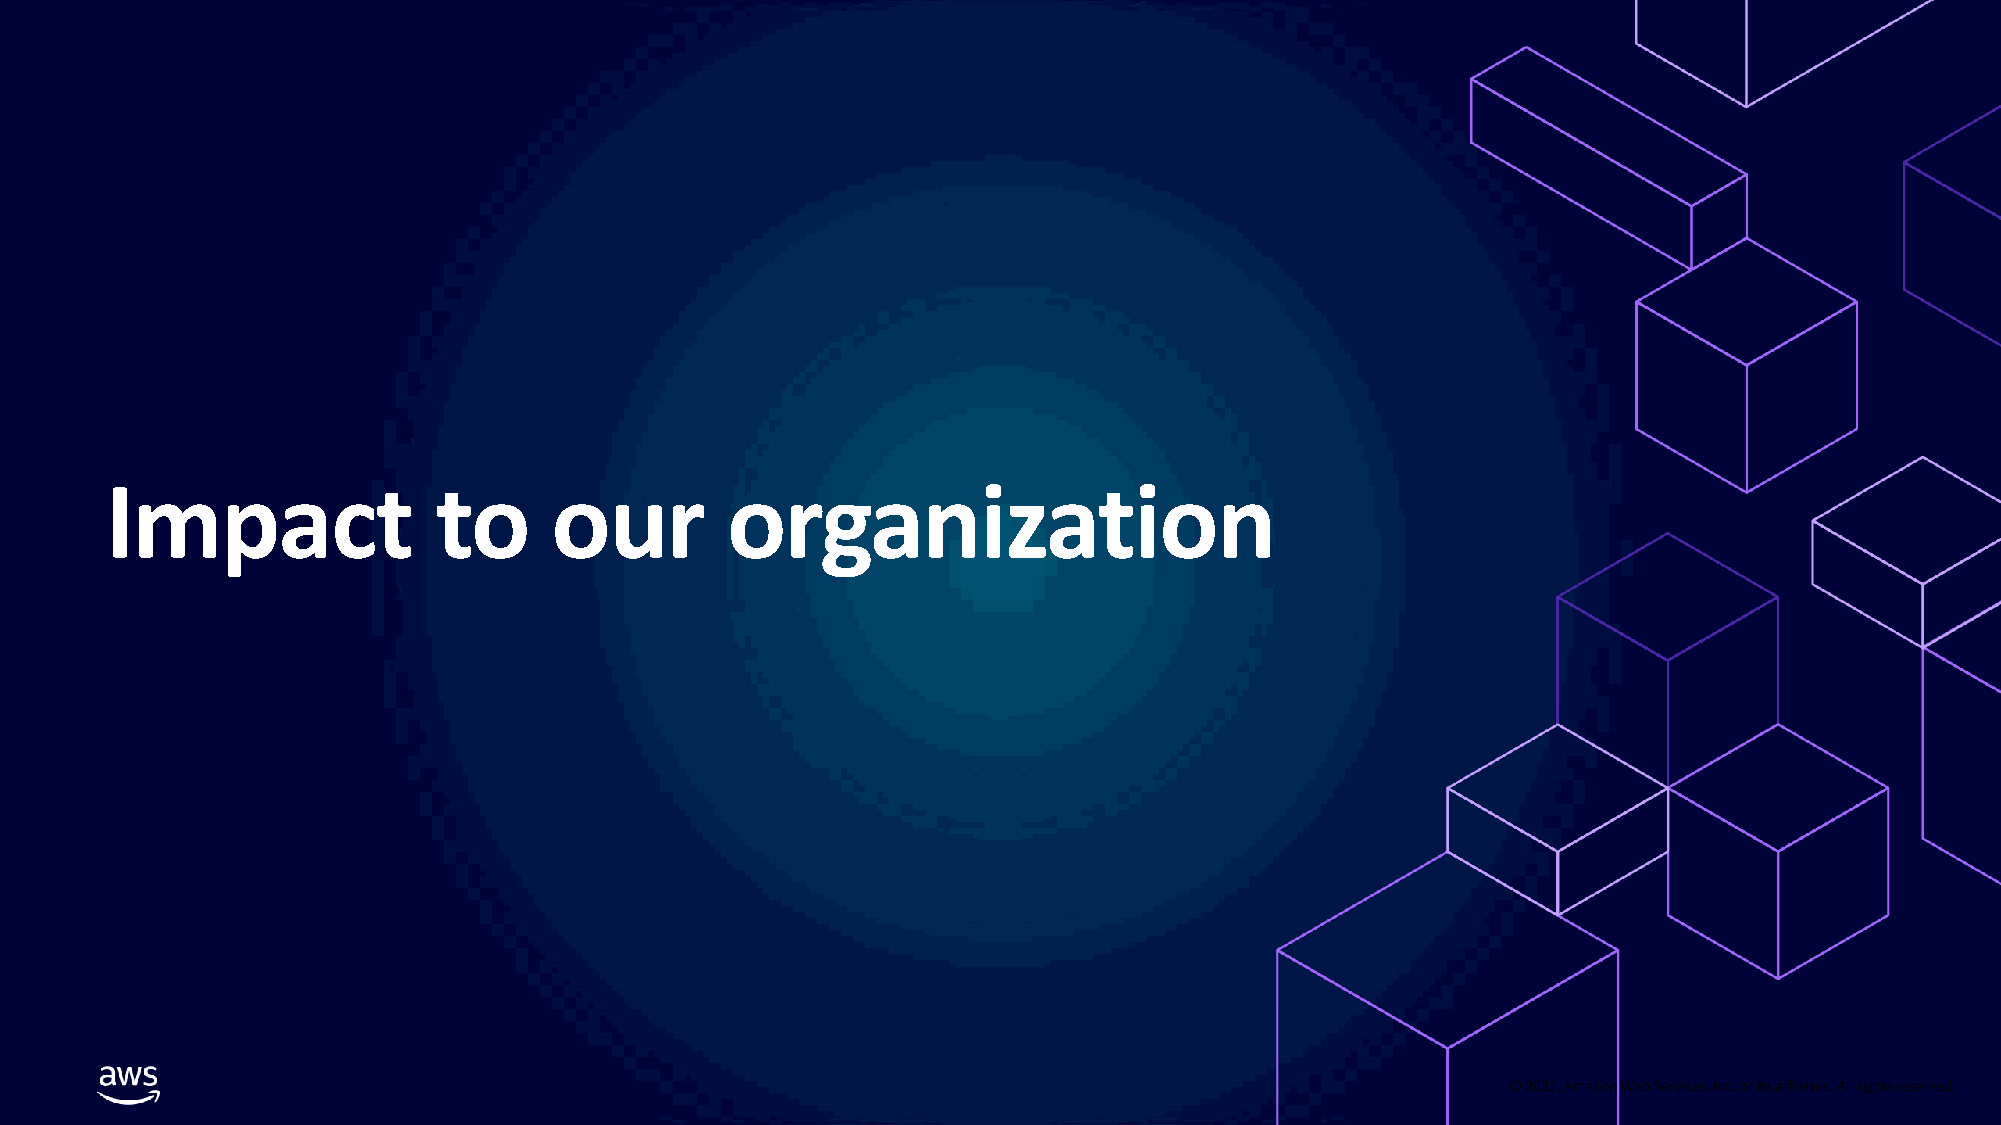
Impact                to     our         organization
 © 2021, Amazon Web Services, Inc. or its affiliates. All rights reserved.